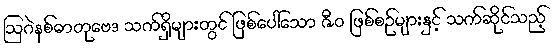
ဩဂဲနစ်ဓာတုဗေဒ သက်ရှိများတွင် ဖြစ်ပေါ်သော ဇီဝ ဖြစ်စဉ်များနှင့် သက်ဆိုင်သည့်